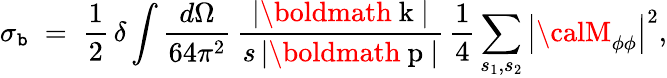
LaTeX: \sigma_{\mathtt{b}}\; =\; \frac{{1}}{{2}}\, \delta\int\frac{{d\Omega}}{{64\pi^{2}}}\, \frac{{|{\mathrm{{\boldmath~k~}}}|}}{{s\, |{\mathrm{{\boldmath~p~}}}|}}\, \frac{{1}}{{4}}\sum_{s_{1},s_{2}}\left|{\calM}_{\phi\phi}\right|^{2},